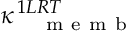
\kappa _ { \mathrm { ~ \, ~ \, ~ m ~ e ~ m ~ b ~ } } ^ { \, 1 L R T }